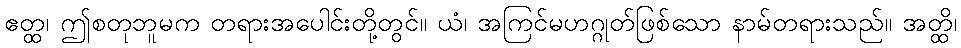
ဧတ္ထ၊ ဤစတုဘူမက တရားအပေါင်းတို့တွင်။ ယံ၊ အကြင်မဟဂ္ဂုတ်ဖြစ်သော နာမ်တရားသည်။ အတ္ထိ၊